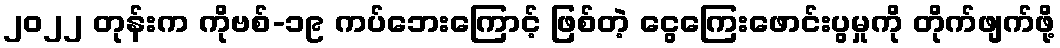
၂၀၂၂ တုန်းက ကိုဗစ်-၁၉ ကပ်ဘေးကြောင့် ဖြစ်တဲ့ ငွေကြေးဖောင်းပွမှုကို တိုက်ဖျက်ဖို့